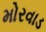
મોરવાડ